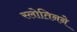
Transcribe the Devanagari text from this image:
स्लोतिनने